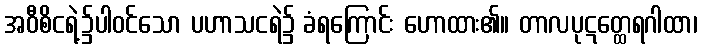
အဝီစိငရဲ့၌ပါဝင်သော ပဟာသငရဲ၌ ခံရကြောင်း ဟောထား၏။ တာလပုဋတ္ထေရဂါထာ၊